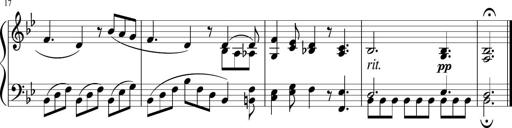
Title: 3 Sonatinen
Composer: Heinrich Lichner